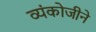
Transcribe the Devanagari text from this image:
व्यंकोजीने